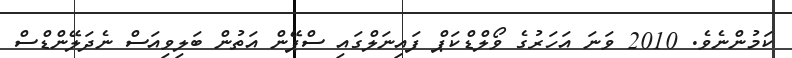
ކަމުންނެވެ. 2010 ވަނަ އަހަރުގެ ވޯލްޑްކަޕް ފައިނަލްގައި ސްޕޭން އަތުން ބަލިވިއަސް ނެދަލޭންޑްސް